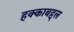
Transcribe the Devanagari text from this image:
हक्काबद्दल